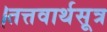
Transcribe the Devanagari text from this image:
।तत्तवार्थसूत्र